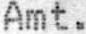
AMT.